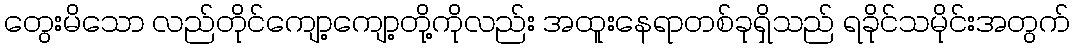
တွေးမိသော လည်တိုင်ကျော့ကျော့တို့ကိုလည်း အထူးနေရာတစ်ခုရှိသည် ရခိုင်သမိုင်းအတွက်